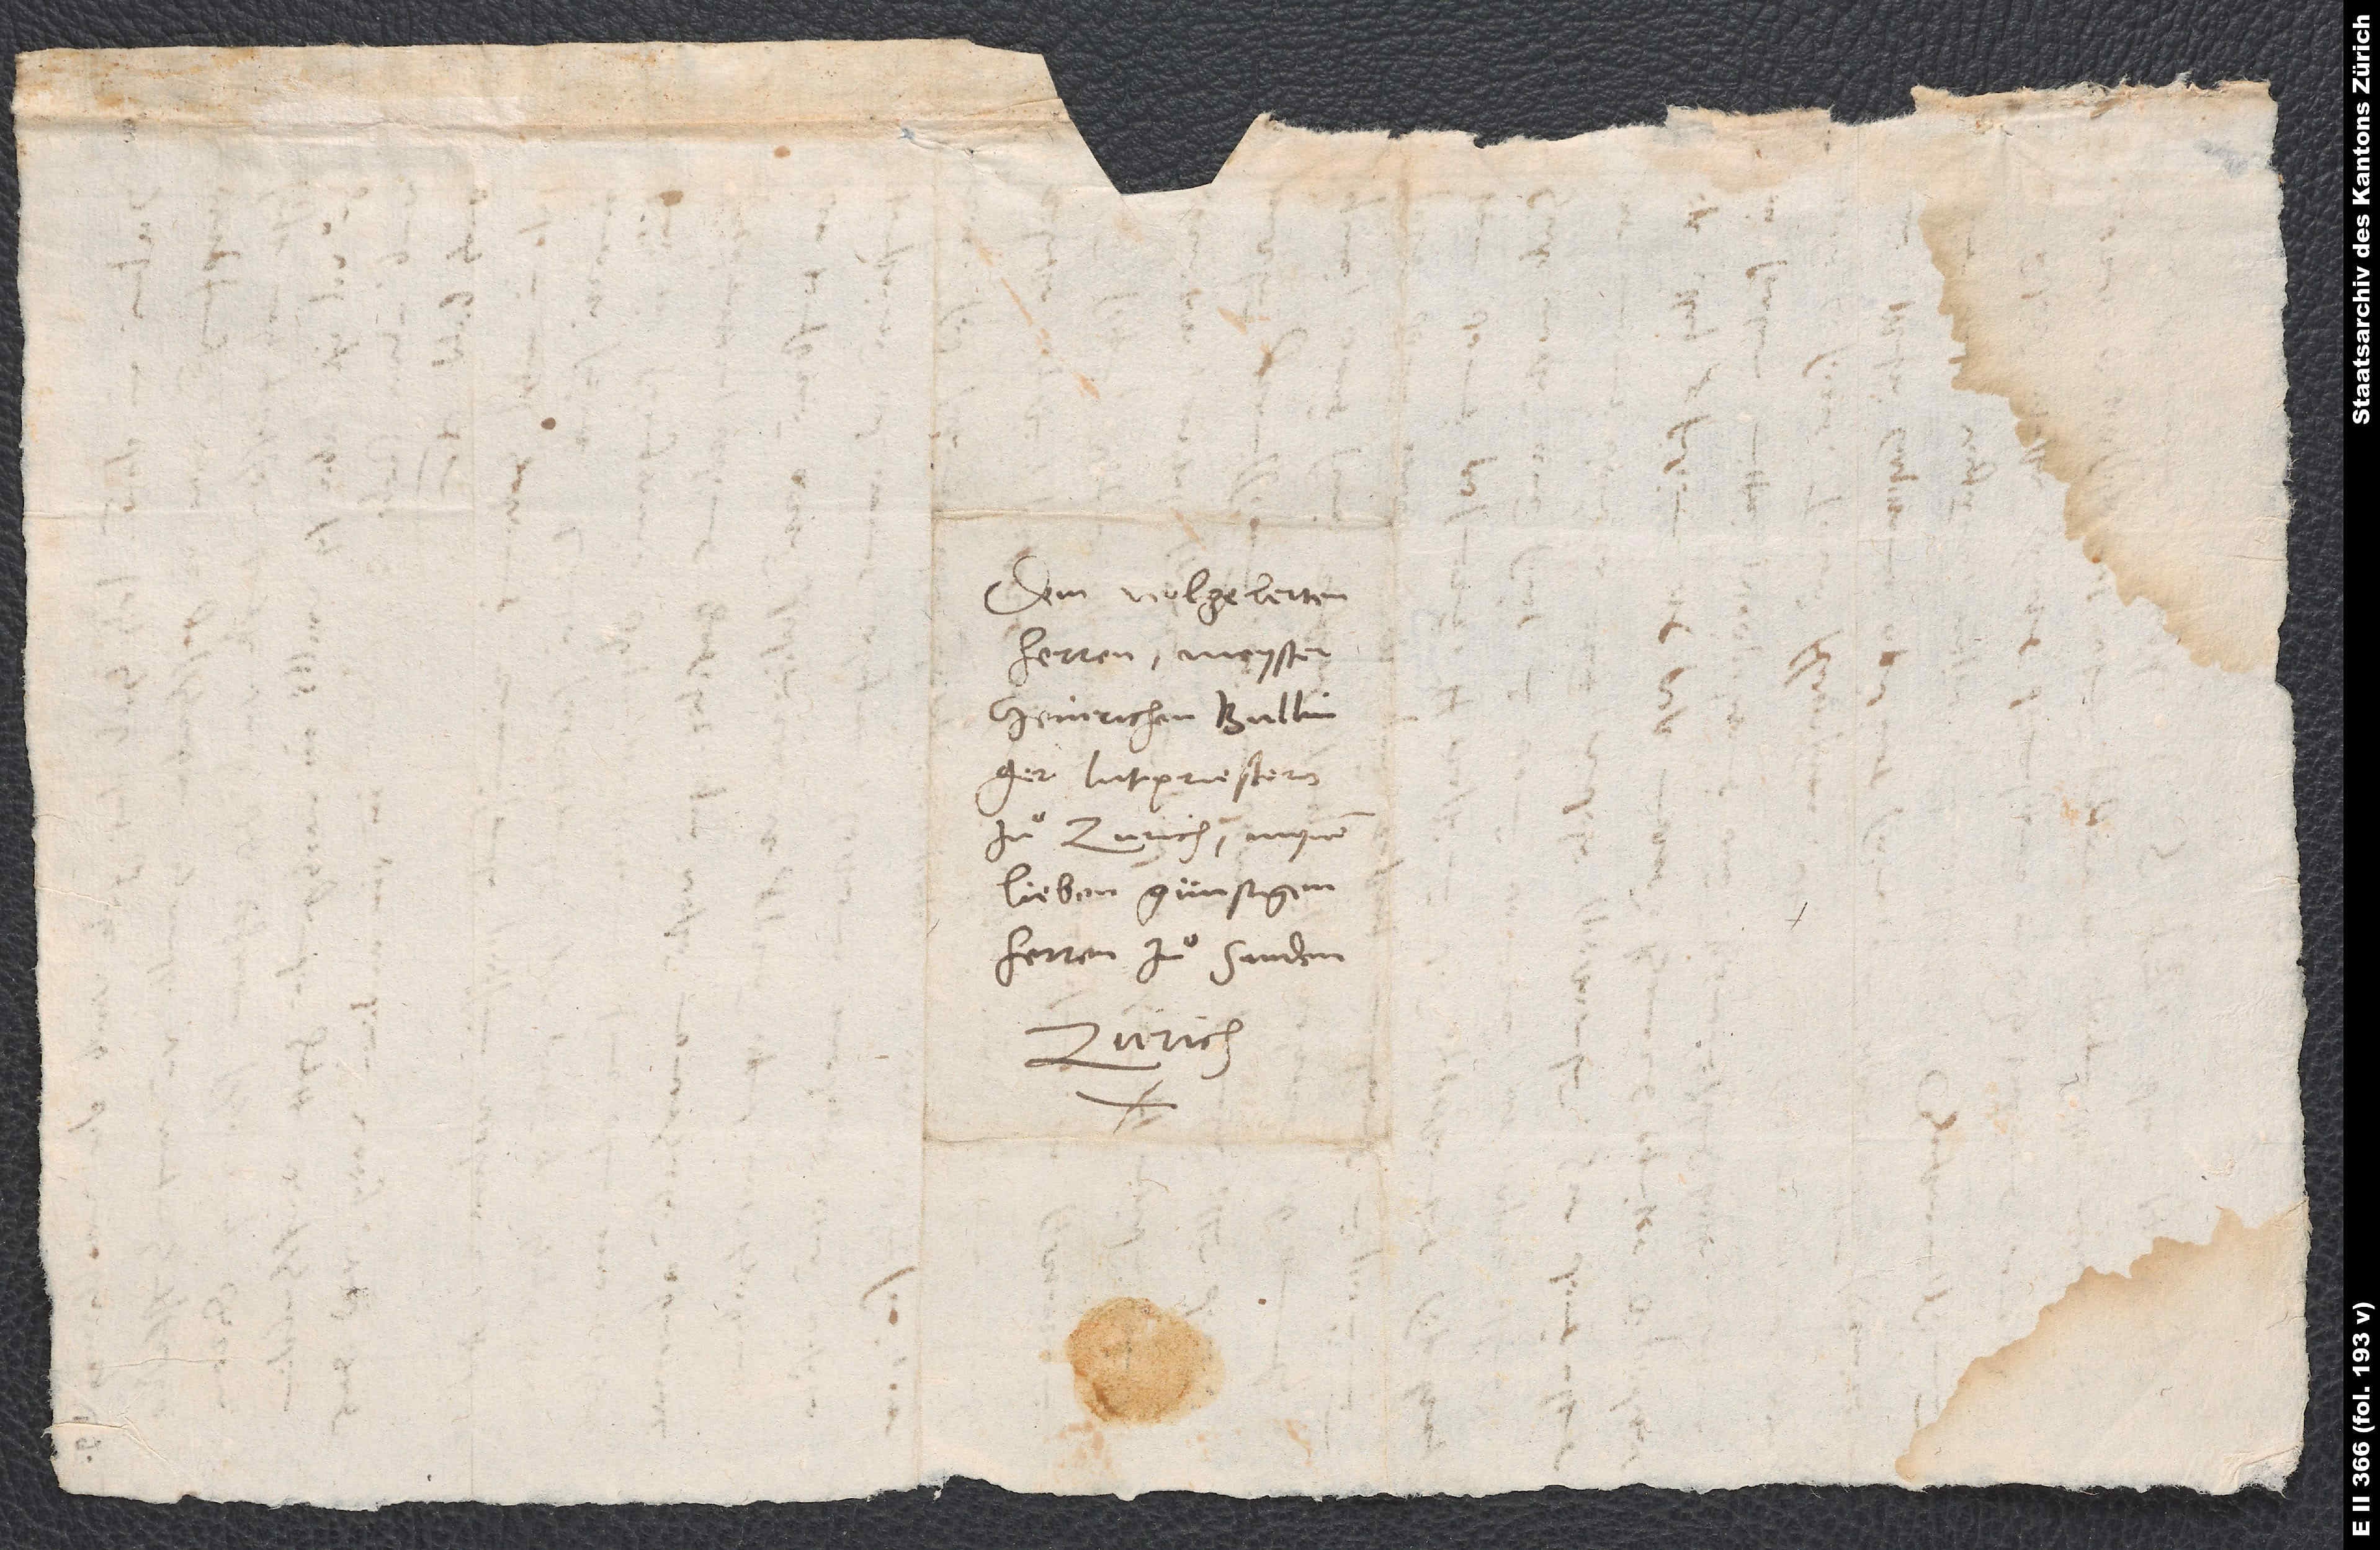
Dem wolgelerten
herren meyster
Heinrichen Bullinger,
lutpriestern
zuͦ Zurich, mynem
lieben günstigen
herren zuͦ handen.
Zurich.